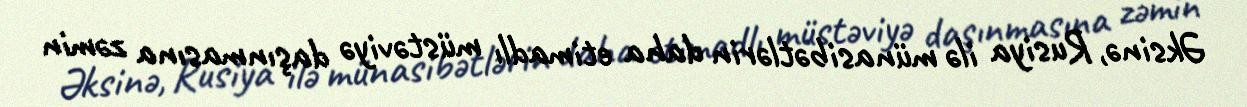
Əksinə, Rusiya ilə münasibətlərin daha etimadlı müstəviyə daşınmasına zəmin